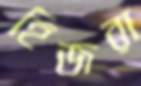
হিজরা